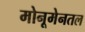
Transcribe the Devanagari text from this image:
मोनूमेनतल